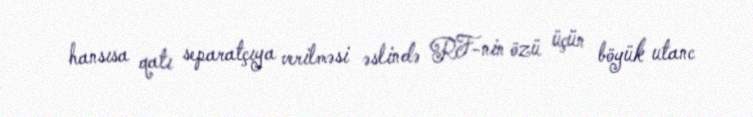
hansısa qatı separatçıya verilməsi əslində RF-nin özü üçün böyük utanc